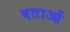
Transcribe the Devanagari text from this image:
बताओं